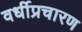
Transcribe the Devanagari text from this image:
वर्धीप्रचारण